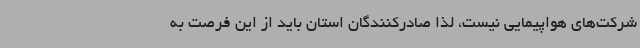
شرکت‌های هواپیمایی نیست، لذا صادرکنندگان استان باید از این فرصت به